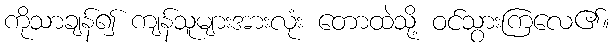
ကိုသာချန်၍ ကျန်သူများအားလုံး တောထဲသို့ ဝင်သွားကြလေ၏။